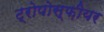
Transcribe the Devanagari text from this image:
ट्रोपोस्फ़ीयर